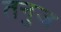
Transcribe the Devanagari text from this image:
तनुज